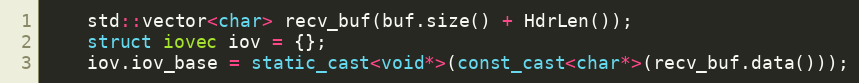
Language: C++
    std::vector<char> recv_buf(buf.size() + HdrLen());
    struct iovec iov = {};
    iov.iov_base = static_cast<void*>(const_cast<char*>(recv_buf.data()));